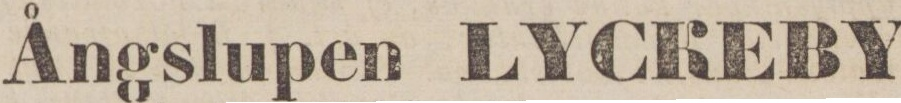
Ångslupen LYCKEBY